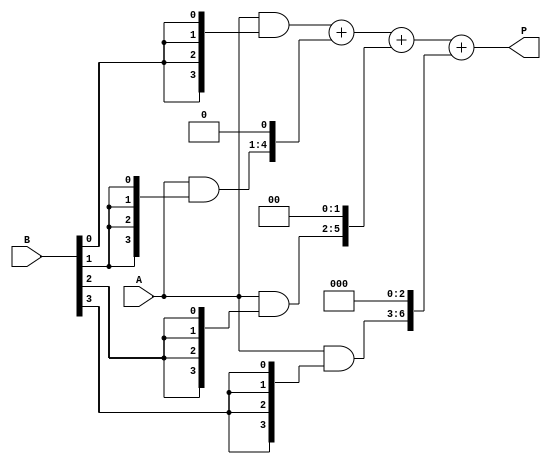
module array_multiplier #(parameter A_WIDTH = 4, parameter B_WIDTH = 4)(
    input [A_WIDTH-1:0] A,
    input [B_WIDTH-1:0] B,
    output [A_WIDTH + B_WIDTH - 1:0] P
);

    // Declare partial products
    wire [A_WIDTH-1:0] pp[B_WIDTH-1:0];
    
    // Generate Partial Products
    genvar i, j;
    generate
        for (i = 0; i < B_WIDTH; i = i + 1) begin : pp_gen
            assign pp[i] = A & {A_WIDTH{B[i]}};
        end
    endgenerate

    // Aligned Partial Products
    wire [A_WIDTH + B_WIDTH - 1:0] aligned_pp[B_WIDTH-1:0];
    generate
        for (i = 0; i < B_WIDTH; i = i + 1) begin : align_pp
            assign aligned_pp[i] = pp[i] << i; // Shift left by i
        end
    endgenerate

    // Sum the Partial Products
    wire [A_WIDTH + B_WIDTH - 1:0] sum;
    assign sum = aligned_pp[0] + aligned_pp[1] + aligned_pp[2] + aligned_pp[3]; // Up to 4 bits for B_WIDTH = 4

    // Final product assignment
    assign P = sum;

endmodule